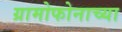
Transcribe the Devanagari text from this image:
ग्रामोफोनाच्या